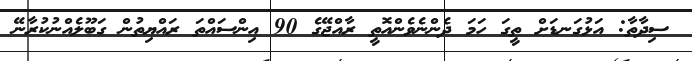
ސިދާތާ: އަޅުގަނޑަށް ތީގަ ހަމަ ދެންނެވެންއޮތީ ރާއްޖޭގެ 90 އިންސައްތަ ރައްޔިތުން ގަބޫލެއްނުކުރާނޭ